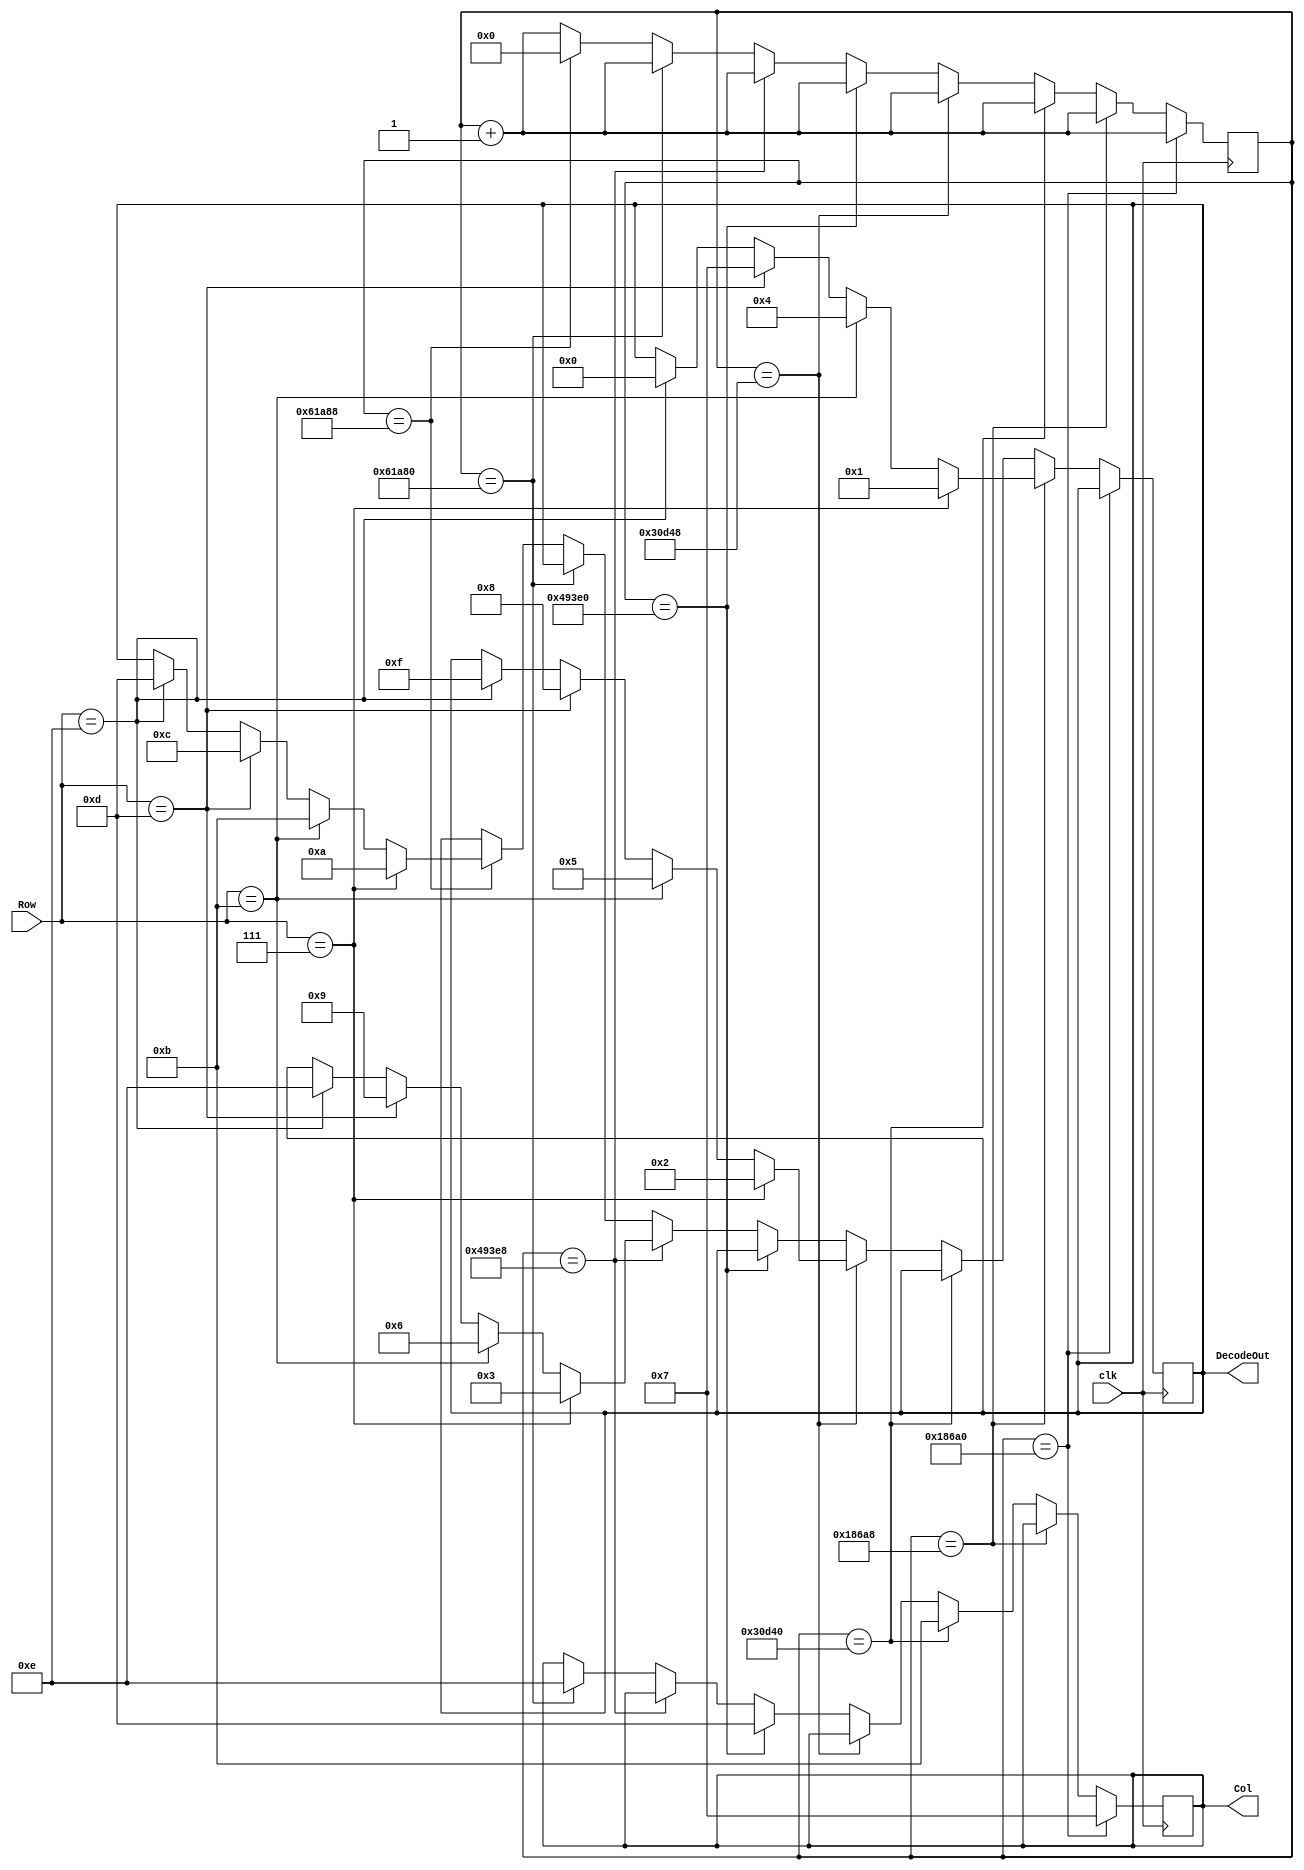
`timescale 1ns / 1ps
//////////////////////////////////////////////////////////////////////////////////////////////////////////
// Company: Digilent Inc 2011
//				 Josh Sackos
//
// Module Name:    Decoder
// Project Name:   PmodKYPD_Demo
// Target Devices: Nexys3
// Tool versions:  Xilinx ISE 14.1 
// Description: This file defines a component Decoder for the demo project PmodKYPD. The Decoder scans
//					 each column by asserting a low to the pin corresponding to the column at 1KHz. After a
//					 column is asserted low, each row pin is checked. When a row pin is detected to be low,
//					 the key that was pressed could be determined.
//
// Revision History: 
// 						Revision 0.01 - File Created (Michelle Yu)
//							Revision 0.02 - Converted from VHDL to Verilog (Josh Sackos)
//////////////////////////////////////////////////////////////////////////////////////////////////////////

// ==============================================================================================
// 												Define Module
// ==============================================================================================
module Decoder(
    clk,
    Row,
    Col,
    DecodeOut
    );

// ==============================================================================================
// 											Port Declarations
// ==============================================================================================
    input clk;						// 100MHz onboard clock
    input [3:0] Row;				// Rows on KYPD
    output [3:0] Col;			// Columns on KYPD
    output [3:0] DecodeOut;	// Output data

// ==============================================================================================
// 							  		Parameters, Regsiters, and Wires
// ==============================================================================================
	
	// Output wires and registers
	reg [3:0] Col;
	reg [3:0] DecodeOut;
	
	// Count register
	reg [19:0] sclk;

// ==============================================================================================
// 												Implementation
// ==============================================================================================

	always @(posedge clk) begin

			// 1ms
			if (sclk == 20'b00011000011010100000) begin
				//C1
				Col <= 4'b0111;
				sclk <= sclk + 1'b1;
			end
			
			// check row pins
			else if(sclk == 20'b00011000011010101000) begin
				//R1
				if (Row == 4'b0111) begin
					DecodeOut <= 4'b0001;		//1
				end
				//R2
				else if(Row == 4'b1011) begin
					DecodeOut <= 4'b0100; 		//4
				end
				//R3
				else if(Row == 4'b1101) begin
					DecodeOut <= 4'b0111; 		//7
				end
				//R4
				else if(Row == 4'b1110) begin
					DecodeOut <= 4'b0000; 		//0
				end
				sclk <= sclk + 1'b1;
			end

			// 2ms
			else if(sclk == 20'b00110000110101000000) begin
				//C2
				Col<= 4'b1011;
				sclk <= sclk + 1'b1;
			end
			
			// check row pins
			else if(sclk == 20'b00110000110101001000) begin
				//R1
				if (Row == 4'b0111) begin
					DecodeOut <= 4'b0010; 		//2
				end
				//R2
				else if(Row == 4'b1011) begin
					DecodeOut <= 4'b0101; 		//5
				end
				//R3
				else if(Row == 4'b1101) begin
					DecodeOut <= 4'b1000; 		//8
				end
				//R4
				else if(Row == 4'b1110) begin
					DecodeOut <= 4'b1111; 		//F
				end
				sclk <= sclk + 1'b1;
			end

			//3ms
			else if(sclk == 20'b01001001001111100000) begin
				//C3
				Col<= 4'b1101;
				sclk <= sclk + 1'b1;
			end
			
			// check row pins
			else if(sclk == 20'b01001001001111101000) begin
				//R1
				if(Row == 4'b0111) begin
					DecodeOut <= 4'b0011; 		//3	
				end
				//R2
				else if(Row == 4'b1011) begin
					DecodeOut <= 4'b0110; 		//6
				end
				//R3
				else if(Row == 4'b1101) begin
					DecodeOut <= 4'b1001; 		//9
				end
				//R4
				else if(Row == 4'b1110) begin
					DecodeOut <= 4'b1110; 		//E
				end

				sclk <= sclk + 1'b1;
			end

			//4ms
			else if(sclk == 20'b01100001101010000000) begin
				//C4
				Col<= 4'b1110;
				sclk <= sclk + 1'b1;
			end

			// Check row pins
			else if(sclk == 20'b01100001101010001000) begin
				//R1
				if(Row == 4'b0111) begin
					DecodeOut <= 4'b1010; //A
				end
				//R2
				else if(Row == 4'b1011) begin
					DecodeOut <= 4'b1011; //B
				end
				//R3
				else if(Row == 4'b1101) begin
					DecodeOut <= 4'b1100; //C
				end
				//R4
				else if(Row == 4'b1110) begin
					DecodeOut <= 4'b1101; //D
				end
				sclk <= 20'b00000000000000000000;
			end

			// Otherwise increment
			else begin
				sclk <= sclk + 1'b1;
			end
			
	end

endmodule